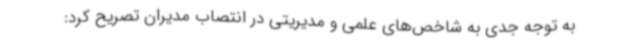
به توجه جدی به شاخص‌های علمی و مدیریتی در انتصاب مدیران تصریح کرد: